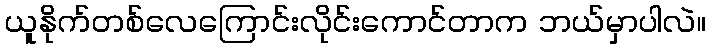
ယူနိုက်တစ်လေကြောင်းလိုင်းကောင်တာက ဘယ်မှာပါလဲ။